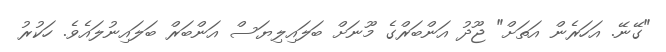
"ގޭނޭ. އަހަރެން އަތަށް" ޖޫދު އަންބަރްގެ މޫނަށް ބަލައިލިޔަސް އަންބަރް ބަލައިނުލައެވެ. ހަކުރު